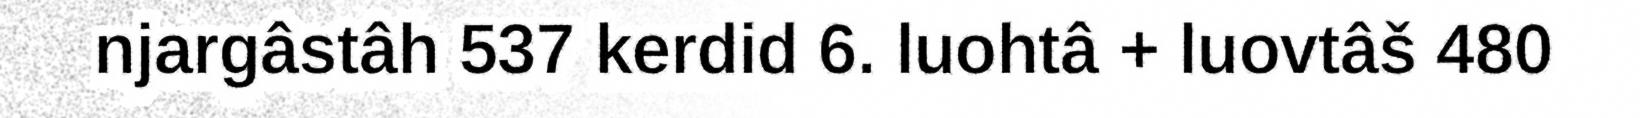
njargâstâh 537 kerdid 6. luohtâ + luovtâš 480